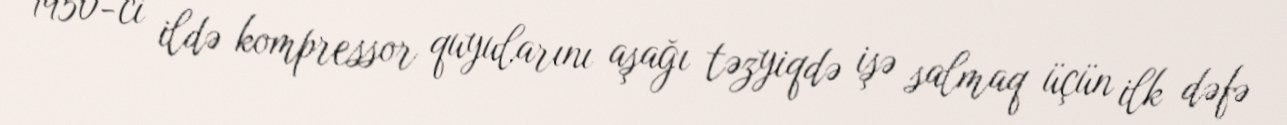
1950-ci ildə kompressor quyularını aşağı təzyiqdə işə salmaq üçün ilk dəfə